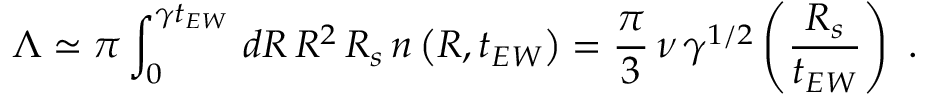
\Lambda \simeq \pi \int _ { 0 } ^ { \gamma t _ { E W } } \, d R \, R ^ { 2 } \, R _ { s } \, n \left( R , t _ { E W } \right) = \frac { \pi } { 3 } \, \nu \, \gamma ^ { 1 / 2 } \left( \frac { R _ { s } } { t _ { E W } } \right) \ .